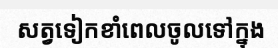
សត្វទៀកខាំពេលចូលទៅក្នុង